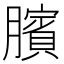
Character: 臏